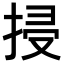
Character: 𢬶